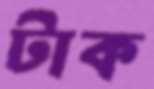
টাক